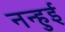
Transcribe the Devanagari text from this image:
नन्हुई